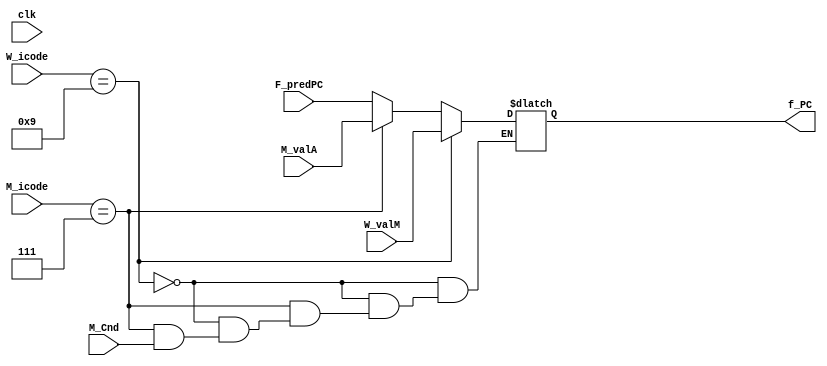
module select_PC(clk, F_predPC, W_valM, M_valA, M_icode, W_icode, M_Cnd, f_PC);

input clk;
input [63:0] F_predPC, W_valM, M_valA;
input [3:0] M_icode, W_icode;
input M_Cnd;

output reg [63:0] f_PC;

always @(*)
begin

if (W_icode == 4'b1001)
    f_PC = W_valM;
else if (M_icode == 4'b0111)
    begin
        if(M_Cnd == 1'b0)
            f_PC = M_valA;
        // else pc_new = F_predPC;
    end
else begin
    f_PC = F_predPC;
end
// $display("pc_new = %d\n",pc_new);
end

endmodule


module fetch(
    output reg [3:0] f_icode,
    output reg [3:0] f_ifun, 
    output reg [3:0] f_rA, 
    output reg [3:0] f_rB, 
  //  input [63:0] f_PC, 
    input [3:0] W_icode,
    input [63:0] W_valM,
    input [63:0] M_valA,
    input [3:0] M_icode,
    //input [63:0] F_predPC,
    input M_Cnd,
    output reg [63:0] f_val_P, 
    output reg [63:0] f_val_C, 
    output reg [63:0] f_predPC,
    output reg halt, 
    output reg instr_valid,
    output reg imem_error, 
    output reg IDR,
    input [63:0] f_PC,
    // output reg [63:0] pc_new,
    input clk
    );

reg [7:0] imem [0:1023]; 
// reg [63:0] f_PC;
reg [7:0] c_f, A_B;
reg valbit, valbit_b;
// initial begin
//     imem[0]=8'h80; //1 0
//   // //call
//     {imem[8],imem[7],imem[6],imem[5],imem[4],imem[3],imem[2],imem[1]}=64'd60;
//     // imem[9] = 8'h00;
// // imem64'd
//   //imem
//     imem[60]=8'h90; // 9 0
// end

initial begin
    $readmemb("7.txt", imem);
end



always @(*)

begin

    c_f = imem[f_PC];
    f_icode = c_f [7:4];
    f_ifun = c_f [3:0];
    valbit=f_PC+2;
    valbit_b=f_PC+1;
    imem_error = (f_PC > 1023) ? 1 : 0;
    instr_valid = 1'b0;

    // if(imem_error==1)
    // begin
    //     halt=1'b1;

    // end

    if(f_icode==4'b0000) //halt (0)
    begin
        f_val_P=f_PC+64'b1;
        halt=1'b1;
    end

    else if(f_icode==4'b0001) // nop(1)
    begin
        f_val_P=f_PC+64'b1;
    end
    
    else if(f_icode==4'b0010)   //cmovxx (2)
    begin
        A_B = imem[f_PC+1];
        f_rA = A_B[7:4];
        f_rB = A_B[3:0];
        f_val_C = {imem[f_PC+1+7],imem[f_PC+1+6],imem[f_PC+1+5],imem[f_PC+1+4],imem[f_PC+1+3],imem[f_PC+1+2],imem[f_PC+1+1],imem[f_PC+1]};
        if((f_rA>4'b1110 || f_rB>4'b1110) || f_rA<0 || f_rB<0)
        begin
            IDR = 1'b1;
        end
        f_val_P = f_PC + 64'b10;
    end

    else if(f_icode==4'b0011)   //irmovq (3)
    begin
        A_B = imem[f_PC+1];
        f_rA = A_B[7:4];
        f_rB = A_B[3:0];
        f_val_C = {imem[f_PC+2+7],imem[f_PC+2+6],imem[f_PC+2+5],imem[f_PC+2+4],imem[f_PC+2+3],imem[f_PC+2+2],imem[f_PC+2+1],imem[f_PC+2]};
        f_val_P = f_PC + 64'b1010;
        if((f_rA>4'b1110 && f_rB>4'b1110) || f_rA<0 || f_rB<0)
        begin
            IDR = 1'b1;
        end
    end

    else if(f_icode==4'b0100)  //rmmovq (4)
    begin
        A_B = imem[f_PC+1];
        f_rA = A_B[7:4];
        f_rB = A_B[3:0];
        f_val_C = {imem[f_PC+2+7],imem[f_PC+2+6],imem[f_PC+2+5],imem[f_PC+2+4],imem[f_PC+2+3],imem[f_PC+2+2],imem[f_PC+2+1],imem[f_PC+2]};
        f_val_P = f_PC + 64'b1010;
        if((f_rA>4'b1110 || f_rB>4'b1110) || f_rA<0 || f_rB<0)
        begin
            IDR = 1'b1;
        end
    end

    else if(f_icode==4'b0101)  //mrmovq (5)
    begin
        A_B = imem[f_PC+1];
        f_rA = A_B[7:4];
        f_rB = A_B[3:0];
        f_val_C = {imem[f_PC+2+7],imem[f_PC+2+6],imem[f_PC+2+5],imem[f_PC+2+4],imem[f_PC+2+3],imem[f_PC+2+2],imem[f_PC+2+1],imem[f_PC+2]};
        f_val_P = f_PC + 64'b1010;
        if((f_rA>4'b1110 || f_rB>4'b1110) || f_rA<0 || f_rB<0)
        begin
            IDR = 1'b1;
        end
    end

    else if(f_icode==4'b0110)  //opq (6)
    begin
        A_B = imem[f_PC+1];
        f_rA = A_B[7:4];
        f_rB = A_B[3:0];
        f_val_P = f_PC + 64'b10;
        if((f_rA>4'b1110 || f_rB>4'b1110) || f_rA<0 || f_rB<0)
        begin
            IDR = 1'b1;
        end
    end

    else if(f_icode==4'b0111)  //jxx (7)
    begin
    
        f_val_C = {imem[f_PC+1+7],imem[f_PC+1+6],imem[f_PC+1+5],imem[f_PC+1+4],imem[f_PC+1+3],imem[f_PC+1+2],imem[f_PC+1+1],imem[f_PC+1]};
        f_val_P = f_PC + 64'b1001;
    end

    else if(f_icode==4'b1000)  //call (8)
    begin
    
        f_val_C ={imem[f_PC+1+7],imem[f_PC+1+6],imem[f_PC+1+5],imem[f_PC+1+4],imem[f_PC+1+3],imem[f_PC+1+2],imem[f_PC+1+1],imem[f_PC+1]};
        f_val_P = f_PC + 64'b1001;
    end

    else if(f_icode==4'b1001)  //ret(9)
    begin
        f_val_P = f_PC + 64'b1;
    end

    else if(f_icode==4'b1010)  //push(10)
    begin
        A_B = imem[f_PC+1];
        f_rA = A_B[7:4];
        f_rB = A_B[3:0];
        f_val_P = f_PC + 64'b10;
        if((f_rA>4'b1110 && f_rB>4'b1110) || f_rA<0 || f_rB<0)
        begin
            IDR = 1'b1;
        end
    end

    else if(f_icode==4'b1011)  //pop(11)
    begin
        A_B = imem[f_PC+1];
        f_rA = A_B[7:4];
        f_rB = A_B[3:0];
        f_val_P = f_PC + 64'b10;
        if((f_rA>4'b1110 && f_rB>4'b1110) || f_rA<0 || f_rB<0)
        begin
            IDR = 1'b1;
        end
    end
    
    else begin
        instr_valid=1'b1;
    end

end

always @ (*)
begin
    case (f_icode)
        4'b0111, 4'b1000: f_predPC = f_val_C;
        default: f_predPC = f_val_P;
    endcase
end

endmodule